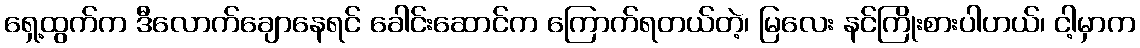
ရှေ့ထွက်က ဒီလောက်ချောနေရင် ခေါင်းဆောင်က ကြောက်ရတယ်တဲ့၊ မြလေး နင်ကြိုးစားပါဟယ်၊ ငါ့မှာက